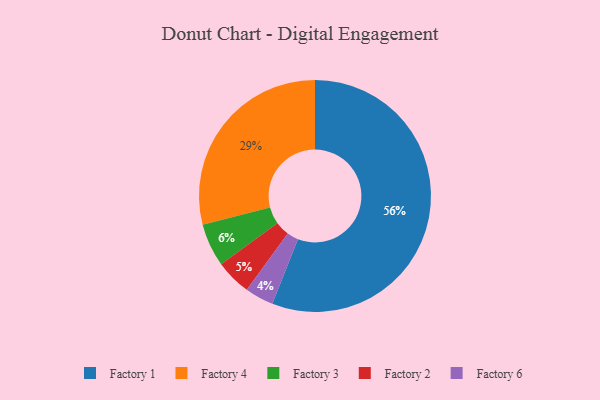
{"axis": {"x": "Category", "y": "Percentage"}, "legend": ["Factory 1", "Factory 2", "Factory 3", "Factory 4", "Factory 6"], "data": [{"x": "Factory 1", "y": 56, "type": "Factory 1"}, {"x": "Factory 4", "y": 29, "type": "Factory 4"}, {"x": "Factory 2", "y": 5, "type": "Factory 2"}, {"x": "Factory 6", "y": 4, "type": "Factory 6"}, {"x": "Factory 3", "y": 6, "type": "Factory 3"}]}